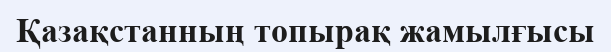
Қазақстанның топырақ жамылғысы